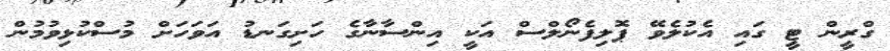
ގްރީން ޓީ ގައި އެކުލެވޭ ޕޮލިފެނޯލްސް އަކީ އިންސާނާގެ ހަށިގަނޑު އަވަހަށް މުސްކުޅިވުމުން